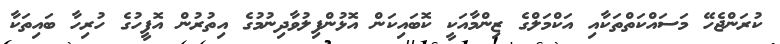
ކުރަންޖެހޭ މަސައްކަތްތަކާއި އަކްމަލްގެ ޒިންމާއަކީ ކޮބައިކަން އޮޅުންފިލުވާދިނުމުގެ އިތުރުން އޮފީހުގެ ހުރިހާ ބައިތަކާ